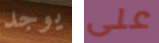
يوجد على